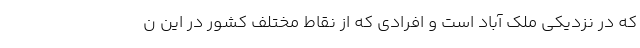
که در نزدیکی ملک آباد است و افرادی که از نقاط مختلف کشور در این ن